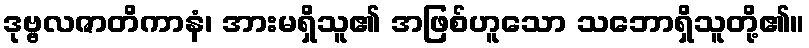
ဒုဗ္ဗလဇာတိကာနံ၊ အားမရှိသူ၏ အဖြစ်ဟူသော သဘောရှိသူတို့၏။